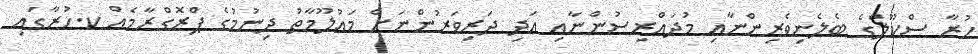
ހުރާ ސްކޫލްގެ ބެލެނިވެރިންނާއި މުދައްރިސުންނާއި އަދި ދަރިވަރުންނަށް މަޢުލޫމާތު ދިނުމުގެ ޕްރޮގްރާމެއް ކ.ހުރާގައި